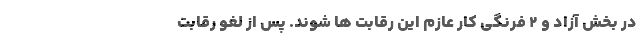
در بخش آزاد و ۲ فرنگی کار عازم این رقابت ها شوند. پس از لغو رقابت